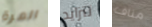
المرة تتزايد مناف